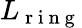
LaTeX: L_{\mathrm{~r~i~n~g~}}